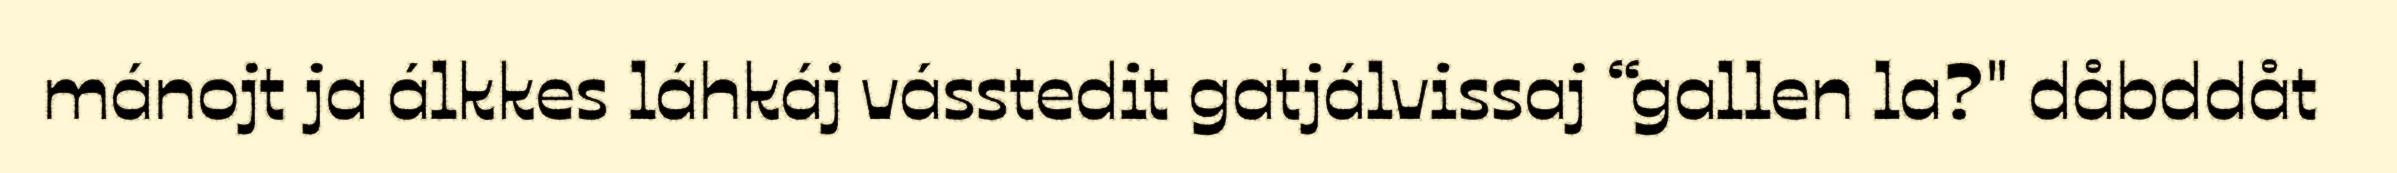
mánojt ja álkkes láhkáj vásstedit gatjálvissaj “gallen la?" dåbddåt